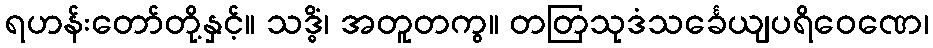
ရဟန်းတော်တို့နှင့်။ သဒ္ဓိံ၊ အတူတကွ။ တတြသုဒံသင်္ခေယျပရိဝေဏေ၊